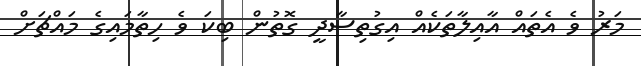
މަރު ވެ އެތައް އާއިލާތަކެއް އިގުތިސާދީ ގޮތުން ބިކަ ވެ ހިތާމައިގެ މައްޗަށް